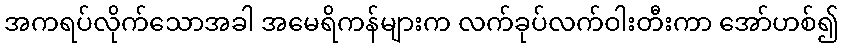
အကရပ်လိုက်သောအခါ အမေရိကန်များက လက်ခုပ်လက်ဝါးတီးကာ အော်ဟစ်၍